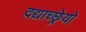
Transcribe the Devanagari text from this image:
दद्याच्छ्रेयो